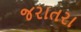
જરાતરા